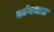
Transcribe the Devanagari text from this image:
तांगचाउ